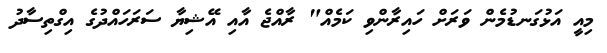
މިއީ އަޅުގަނޑުމެން ވަރަށް ހައިރާންވި ކަމެއް" ރާއްޖެ އާއި އޭޝިޔާ ސަރަހައްދުގެ އިގްތިސާދު